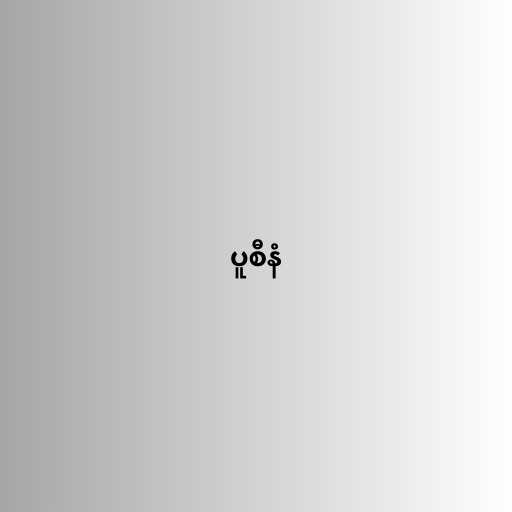
ပူစီနံ